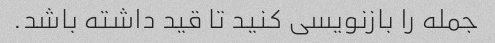
جمله را بازنویسی کنید تا قید داشته باشد.